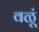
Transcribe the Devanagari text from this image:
वळूं